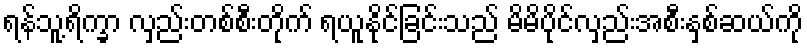
ရန်သူ့ရိက္ခာ လှည်းတစ်စီးတိုက် ရယူနိုင်ခြင်းသည် မိမိပိုင်လှည်းအစီးနှစ်ဆယ်ကို